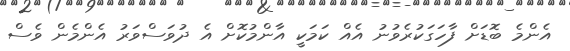
އެންމެ ބޮޑަށް ފާހަގަކުރެވުނު އެއް ކަމަކީ އާންމުކޮށް އެ ދުވަސްވަރު އެންމެން ވެސް